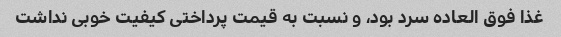
غذا فوق العاده سرد بود، و نسبت به قیمت پرداختی کیفیت خوبی نداشت